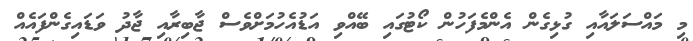
މި މައްސަލައާއި ގުޅިގެން އެންމެފަހުން ކޯޓުގައި ބޭއްވި އަޑުއެހުމަށްވެސް ޖާބިރާއި ޖާދު ވަޑައިގެންފައެއް